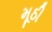
મૂઠી